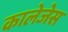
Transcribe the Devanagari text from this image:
कालेजेस